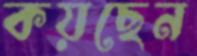
কয়ছেন